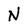
Character: N